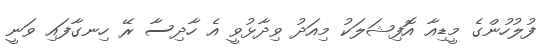
ފުލުހުންގެ މީޑިއާ އޮފިޝަލަކު މިއަދު ވިދާޅުވީ އެ ހާދިސާ ރޭ ހިނގާފައި ވަނީ